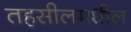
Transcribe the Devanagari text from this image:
तहसीलमधील